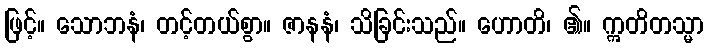
ဖြင့်။ သောဘနံ၊ တင့်တယ်စွာ။ ဇာနနံ၊ သိခြင်းသည်။ ဟောတိ၊ ၏။ ဣတိတသ္မာ